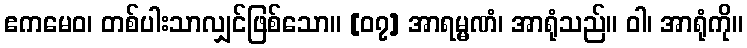
ဧကမေဝ၊ တစ်ပါးသာလျှင်ဖြစ်သော။ [၀၇] အာရမ္မဏံ၊ အာရုံသည်။ ဝါ၊ အာရုံကို။